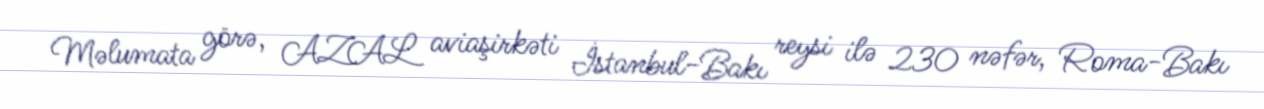
Məlumata görə, AZAL aviaşirkəti İstanbul-Bakı reysi ilə 230 nəfər, Roma-Bakı